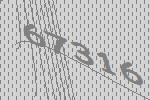
67316